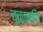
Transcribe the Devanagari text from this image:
चूळामणि